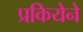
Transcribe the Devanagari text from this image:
प्रकियेने